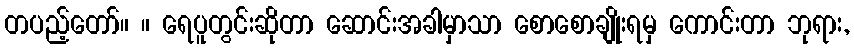
တပည့်တော်။ ။ ရေပူတွင်းဆိုတာ ဆောင်းအခါမှာသာ စောစောချိုးရမှ ကောင်းတာ ဘုရား,